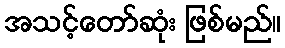
အသင့်တော်ဆုံး ဖြစ်မည်။